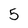
Character: 5